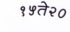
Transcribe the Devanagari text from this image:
१५ते२०